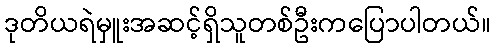
ဒုတိယရဲမှူးအဆင့်ရှိသူတစ်ဦးကပြောပါတယ်။